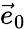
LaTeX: \vec{e}_{0}